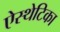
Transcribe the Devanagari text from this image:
ऐस्थेटिका